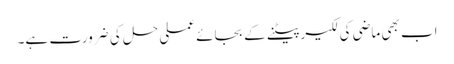
اب بھی ماضی کی لکیر پیٹنے کے بجائے عملی حل کی ضرورت ہے۔